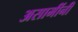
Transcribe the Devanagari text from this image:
असामींनी